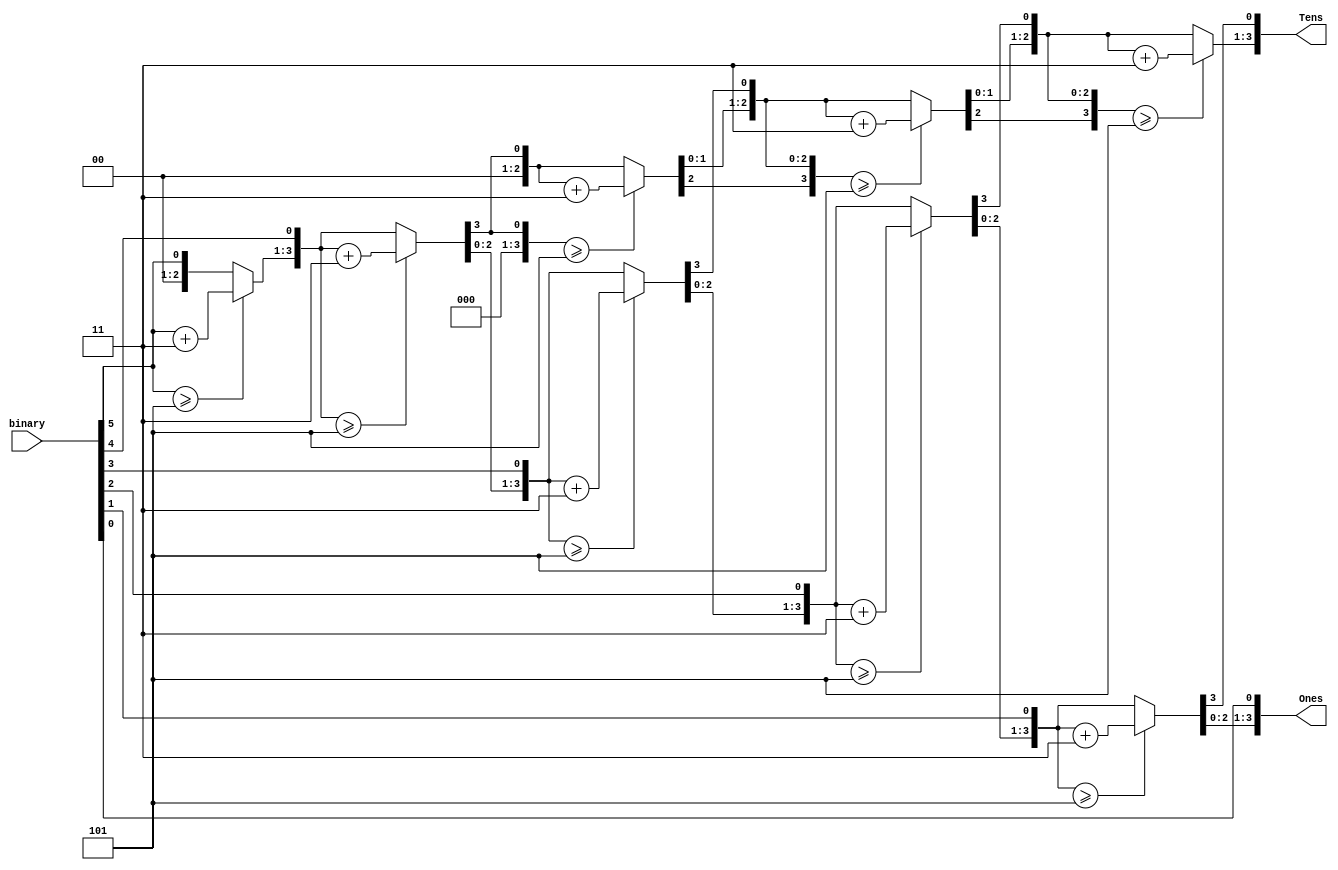
`timescale 1ns / 1ps
//////////////////////////////////////////////////////////////////////////////////
// Company: 
// Engineer: 
// 
// Design Name: 
// Module Name: sixbit_BCD
// Project Name: 
// Target Devices: 
// Tool Versions: 
// Description: 
// 
// Dependencies: 
// 
// Revision:
// Revision 0.01 - File Created
// Additional Comments:
// 
//////////////////////////////////////////////////////////////////////////////////


module sixbit_BCD(
    input [5:0] binary,
    output reg [3:0]Tens,
    output reg [3:0]Ones
    );
    
    integer i; 
    
    always @(binary)
    begin 
        Tens = 4'b0000;
        Ones = 4'b0000;
        
        for (i = 5; i >= 0; i = i - 1) 
        begin 
            if (Tens[3:0] >= 5)
                Tens[3:0] = Tens[3:0] + 3;
            if (Ones[3:0] >= 5)
                Ones[3:0] = Ones[3:0] + 3; 
            
            Tens[3:0] = Tens[3:0] << 1; 
            Tens[0] = Ones[3]; 
            Ones[3:0] = Ones[3:0] << 1;
            Ones[0] = binary[i];
      end 
  end 
  
endmodule